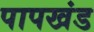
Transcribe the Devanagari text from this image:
पापखंड